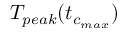
T _ { p e a k } ( t _ { c _ { m a x } } )